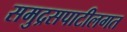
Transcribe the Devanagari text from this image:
समुद्रसपाटीलगत